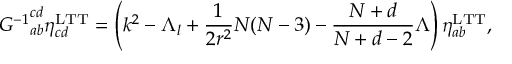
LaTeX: { { \cal G } ^ { - 1 } } _ { a b } ^ { c d } \eta _ { c d } ^ { \mathrm { L T T } } = \left( k ^ { 2 } - \Lambda _ { l } + \frac { 1 } { 2 r ^ { 2 } } N ( N - 3 ) - \frac { N + d } { N + d - 2 } \Lambda \right) \eta _ { a b } ^ { \mathrm { L T T } } ,